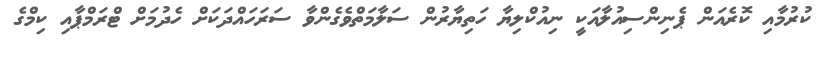
ކުރުމާއި ކޮރެއަން ޕެނިންސިއުލާއަކީ ނިއުކްލިޔާ ހަތިޔާރުން ސަލާމަތްވެގެންވާ ސަރަހައްދަކަށް ހެދުމަށް ޓްރަމްޕާއި ކިމްގެ